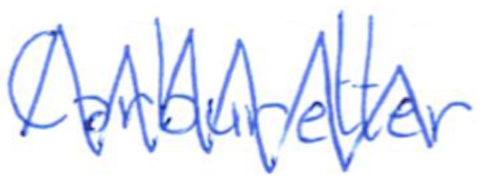
Text: Carburetter
Cross-out: zig-zag
Writing tool: ballpoint